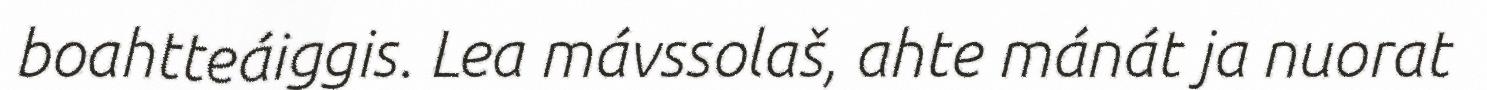
boahtteáiggis. Lea mávssolaš, ahte mánát ja nuorat